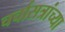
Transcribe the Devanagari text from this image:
चर्चासत्रांच्या